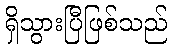
ရှိသွားပြီဖြစ်သည်